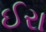
ઈરા